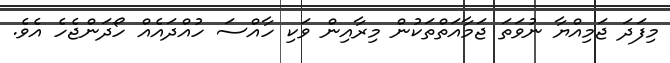
މިފަދަ ޖަމިއްޔާ ނުވަތަ ޖަމާއަތްތަކުން މިރާއިން ވަކި ހާއްސަ ހުއްދައެއް ހޯދަންޖެހެ އެވެ.